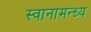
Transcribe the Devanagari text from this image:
स्वानामन्ध्य